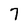
Character: 7